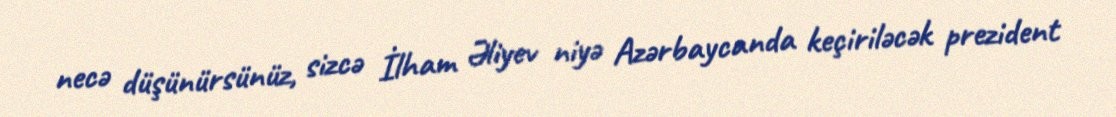
necə düşünürsünüz, sizcə İlham Əliyev niyə Azərbaycanda keçiriləcək prezident